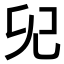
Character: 𠑼